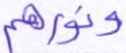
ونورهم